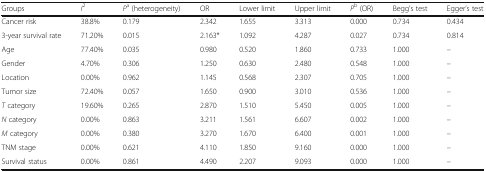
<table><thead><tr><td><b>Groups</b></td><td><b><i>I</i><sup>2</sup></b></td><td><b><i>P</i><sup>a</sup> (heterogeneity)</b></td><td><b>OR</b></td><td><b>Lower limit</b></td><td><b>Upper limit</b></td><td><b><i>P</i><sup>b</sup> (OR)</b></td><td><b>Begg’s test</b></td><td><b>Egger’s test</b></td></tr></thead><tbody><tr><td>Cancer risk</td><td>38.8%</td><td>0.179</td><td>2.342</td><td>1.655</td><td>3.313</td><td>0.000</td><td>0.734</td><td>0.434</td></tr><tr><td>3-year survival rate</td><td>71.20%</td><td>0.015</td><td>2.163*</td><td>1.092</td><td>4.287</td><td>0.027</td><td>0.734</td><td>0.814</td></tr><tr><td>Age</td><td>77.40%</td><td>0.035</td><td>0.980</td><td>0.520</td><td>1.860</td><td>0.733</td><td>1.000</td><td>–</td></tr><tr><td>Gender</td><td>4.70%</td><td>0.306</td><td>1.250</td><td>0.630</td><td>2.480</td><td>0.548</td><td>1.000</td><td>–</td></tr><tr><td>Location</td><td>0.00%</td><td>0.962</td><td>1.145</td><td>0.568</td><td>2.307</td><td>0.705</td><td>1.000</td><td>–</td></tr><tr><td>Tumor size</td><td>72.40%</td><td>0.057</td><td>1.650</td><td>0.900</td><td>3.010</td><td>0.536</td><td>1.000</td><td>–</td></tr><tr><td><i>T</i> category</td><td>19.60%</td><td>0.265</td><td>2.870</td><td>1.510</td><td>5.450</td><td>0.005</td><td>1.000</td><td>–</td></tr><tr><td><i>N</i> category</td><td>0.00%</td><td>0.863</td><td>3.211</td><td>1.561</td><td>6.607</td><td>0.002</td><td>1.000</td><td>–</td></tr><tr><td><i>M</i> category</td><td>0.00%</td><td>0.380</td><td>3.270</td><td>1.670</td><td>6.400</td><td>0.001</td><td>1.000</td><td>–</td></tr><tr><td>TNM stage</td><td>0.00%</td><td>0.621</td><td>4.110</td><td>1.850</td><td>9.160</td><td>0.000</td><td>1.000</td><td>–</td></tr><tr><td>Survival status</td><td>0.00%</td><td>0.861</td><td>4.490</td><td>2.207</td><td>9.093</td><td>0.000</td><td>1.000</td><td>–</td></tr></tbody></table>